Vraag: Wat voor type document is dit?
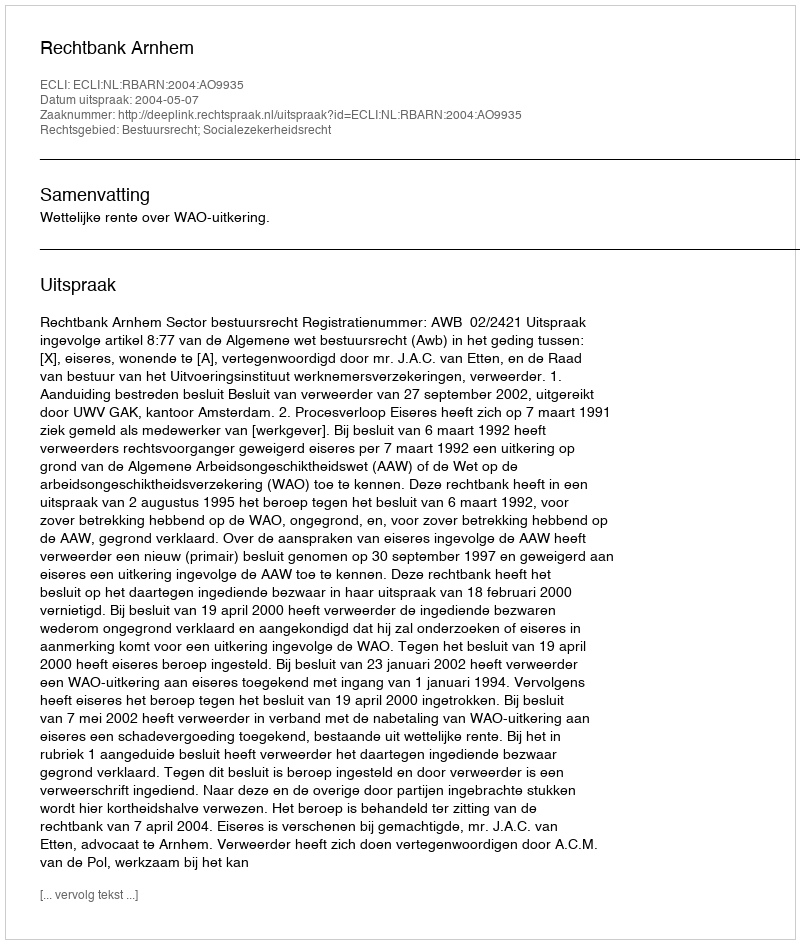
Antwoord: Uitspraak